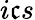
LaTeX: i\mathfrak{c}s